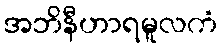
အဘိနီဟာရမူလကံ